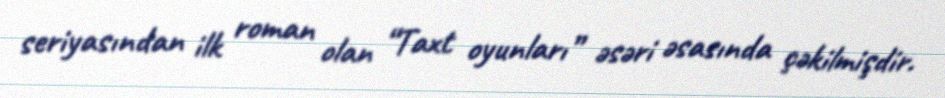
seriyasından ilk roman olan “Taxt oyunları” əsəri əsasında çəkilmişdir.